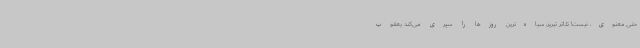
حتی معنوی، نیست! تئاتر تبریز، سیاه‌ترین روزها را سپری می‌کند یعقوب